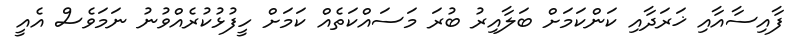
ފާއިސާއާއި ޚަރަދާއި ކަންކަމަށް ބަލާއިރު ބުރަ މަސައްކަތެއް ކަމަށް ހީފުޅުކުރެއްވުނު ނަމަވެސް އެއީ